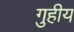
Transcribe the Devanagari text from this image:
गुहीय